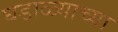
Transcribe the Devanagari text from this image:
घडाळ्याच्या